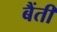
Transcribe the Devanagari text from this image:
बैंती